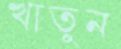
খাতুন